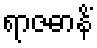
ရာဇဓာနိံ